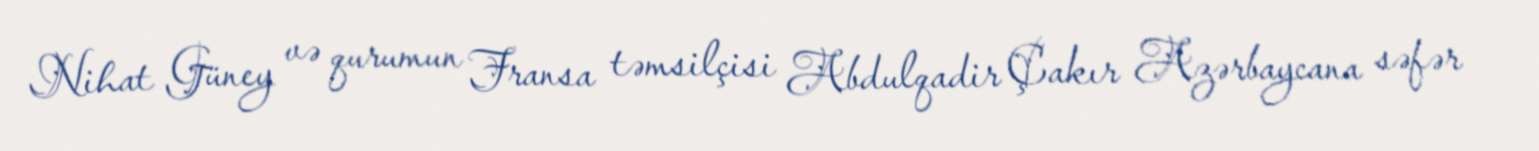
Nihat Güney və qurumun Fransa təmsilçisi Abdulqadir Çakır Azərbaycana səfər